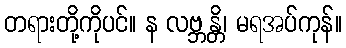
တရားတို့ကိုပင်။ န လဗ္ဘန္တိ၊ မရအပ်ကုန်။